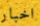
اخبار